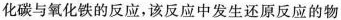
化碳与氧化铁的反应，该反应中发生还原反应的物